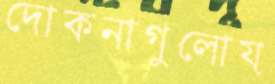
দোকনাগুলোয়